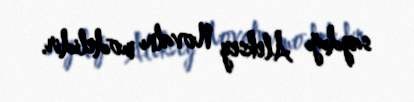
saydığı Aleksey Novalnı modelidir.